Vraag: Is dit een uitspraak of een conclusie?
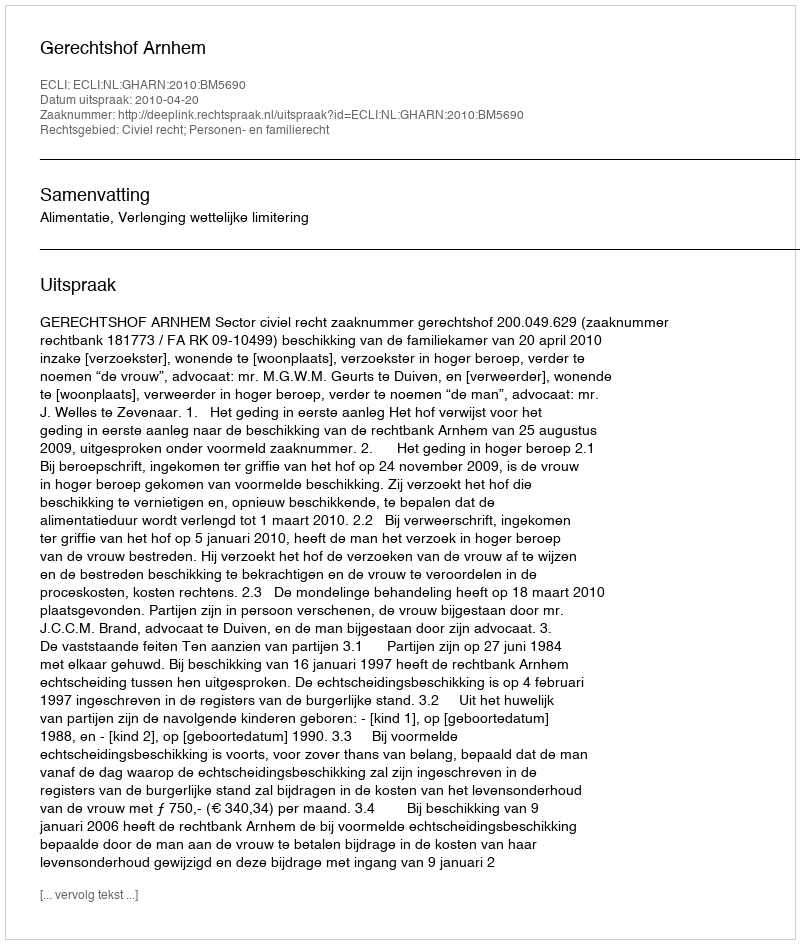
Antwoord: Uitspraak